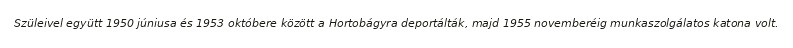
Szüleivel együtt 1950 júniusa és 1953 októbere között a Hortobágyra deportálták, majd 1955 novemberéig munkaszolgálatos katona volt.